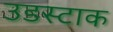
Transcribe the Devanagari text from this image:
उडस्टाक